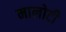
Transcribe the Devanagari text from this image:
मालोटी